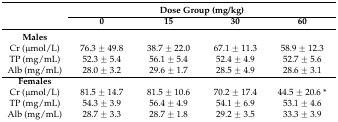
<table><thead><tr><td></td><td colspan="4"><b>Dose Group (mg/kg)</b></td></tr><tr><td></td><td><b>0</b></td><td><b>15</b></td><td><b>30</b></td><td><b>60</b></td></tr></thead><tbody><tr><td><b>Males</b></td><td></td><td></td><td></td><td></td></tr><tr><td>Cr (μmol/L)</td><td>76.3 ± 49.8</td><td>38.7 ± 22.0</td><td>67.1 ± 11.3</td><td>58.9 ± 12.3</td></tr><tr><td>TP (mg/mL)</td><td>52.3 ± 5.4</td><td>56.1 ± 5.4</td><td>52.4 ± 4.9</td><td>52.7 ± 5.6</td></tr><tr><td>Alb (mg/mL)</td><td>28.0 ± 3.2</td><td>29.6 ± 1.7</td><td>28.5 ± 4.9</td><td>28.6 ± 3.1</td></tr><tr><td><b>Females</b></td><td></td><td></td><td></td><td></td></tr><tr><td>Cr (μmol/L)</td><td>81.5 ± 14.7</td><td>81.5 ± 10.6</td><td>70.2 ± 17.4</td><td>44.5 ± 20.6 *</td></tr><tr><td>TP (mg/mL)</td><td>54.3 ± 3.9</td><td>56.4 ± 4.9</td><td>54.1 ± 6.9</td><td>53.1 ± 4.6</td></tr><tr><td>Alb (mg/mL)</td><td>28.7 ± 3.3</td><td>28.7 ± 1.8</td><td>29.2 ± 3.5</td><td>33.3 ± 3.9</td></tr></tbody></table>